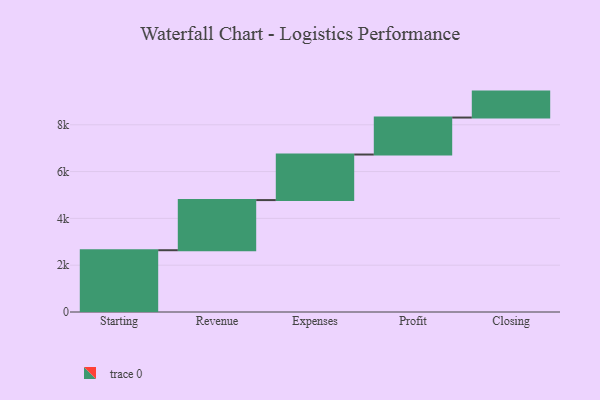
{"axis": {"x": "Step", "y": "Value"}, "legend": [""], "data": [{"x": "Starting", "y": 2640.0, "type": ""}, {"x": "Revenue", "y": 2142.0, "type": ""}, {"x": "Expenses", "y": 1947.0, "type": ""}, {"x": "Profit", "y": 1580.0, "type": ""}, {"x": "Closing", "y": 1109.0, "type": ""}]}